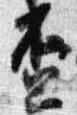
盃